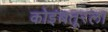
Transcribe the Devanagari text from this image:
कोइंबतूरला